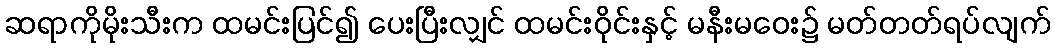
ဆရာကိုမိုးသီးက ထမင်းပြင်၍ ပေးပြီးလျှင် ထမင်းဝိုင်းနှင့် မနီးမဝေး၌ မတ်တတ်ရပ်လျက်